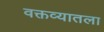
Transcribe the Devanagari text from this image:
वक्तव्यातला